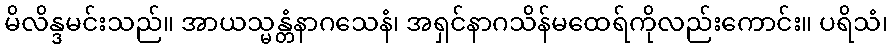
မိလိန္ဒမင်းသည်။ အာယသ္မန္တံနာဂသေနံ၊ အရှင်နာဂသိန်မထေရ်ကိုလည်းကောင်း။ ပရိသံ၊